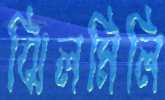
ঝিলমিলি